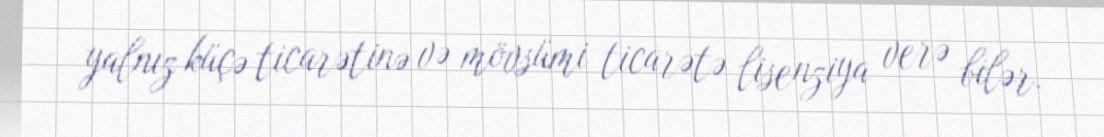
yalnız küçə ticarətinə və mövsümi ticarətə lisenziya verə bilər.